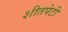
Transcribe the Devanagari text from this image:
शीतपेटी